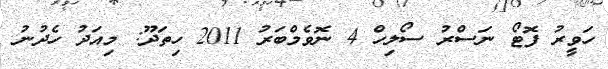
ހަވީރު ފޮޓޯ ނަސްރު ސޯލިހް 4 ނޮވެމްބަރު 2011 ހިތަދޫ: މިއަދު ހެދުނު